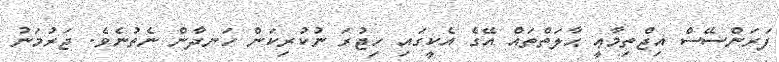
ފަރަންސޭސް އިޖްތިމާޢީ ޙާލަތްތައް އޭގެ އެކީގައި ހިޖުރަ ނުކުރިކަން ހަނދާން ނެތުނެވެ. ޖަރުމަނު